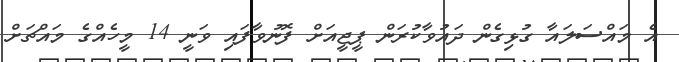
އެ މައްސަލައާ ގުޅިގެން ދައުވާކުރަން ޕީޖީއަށް ފޮނުވާފައި ވަނީ 14 މީހެއްގެ މައްޗަށް